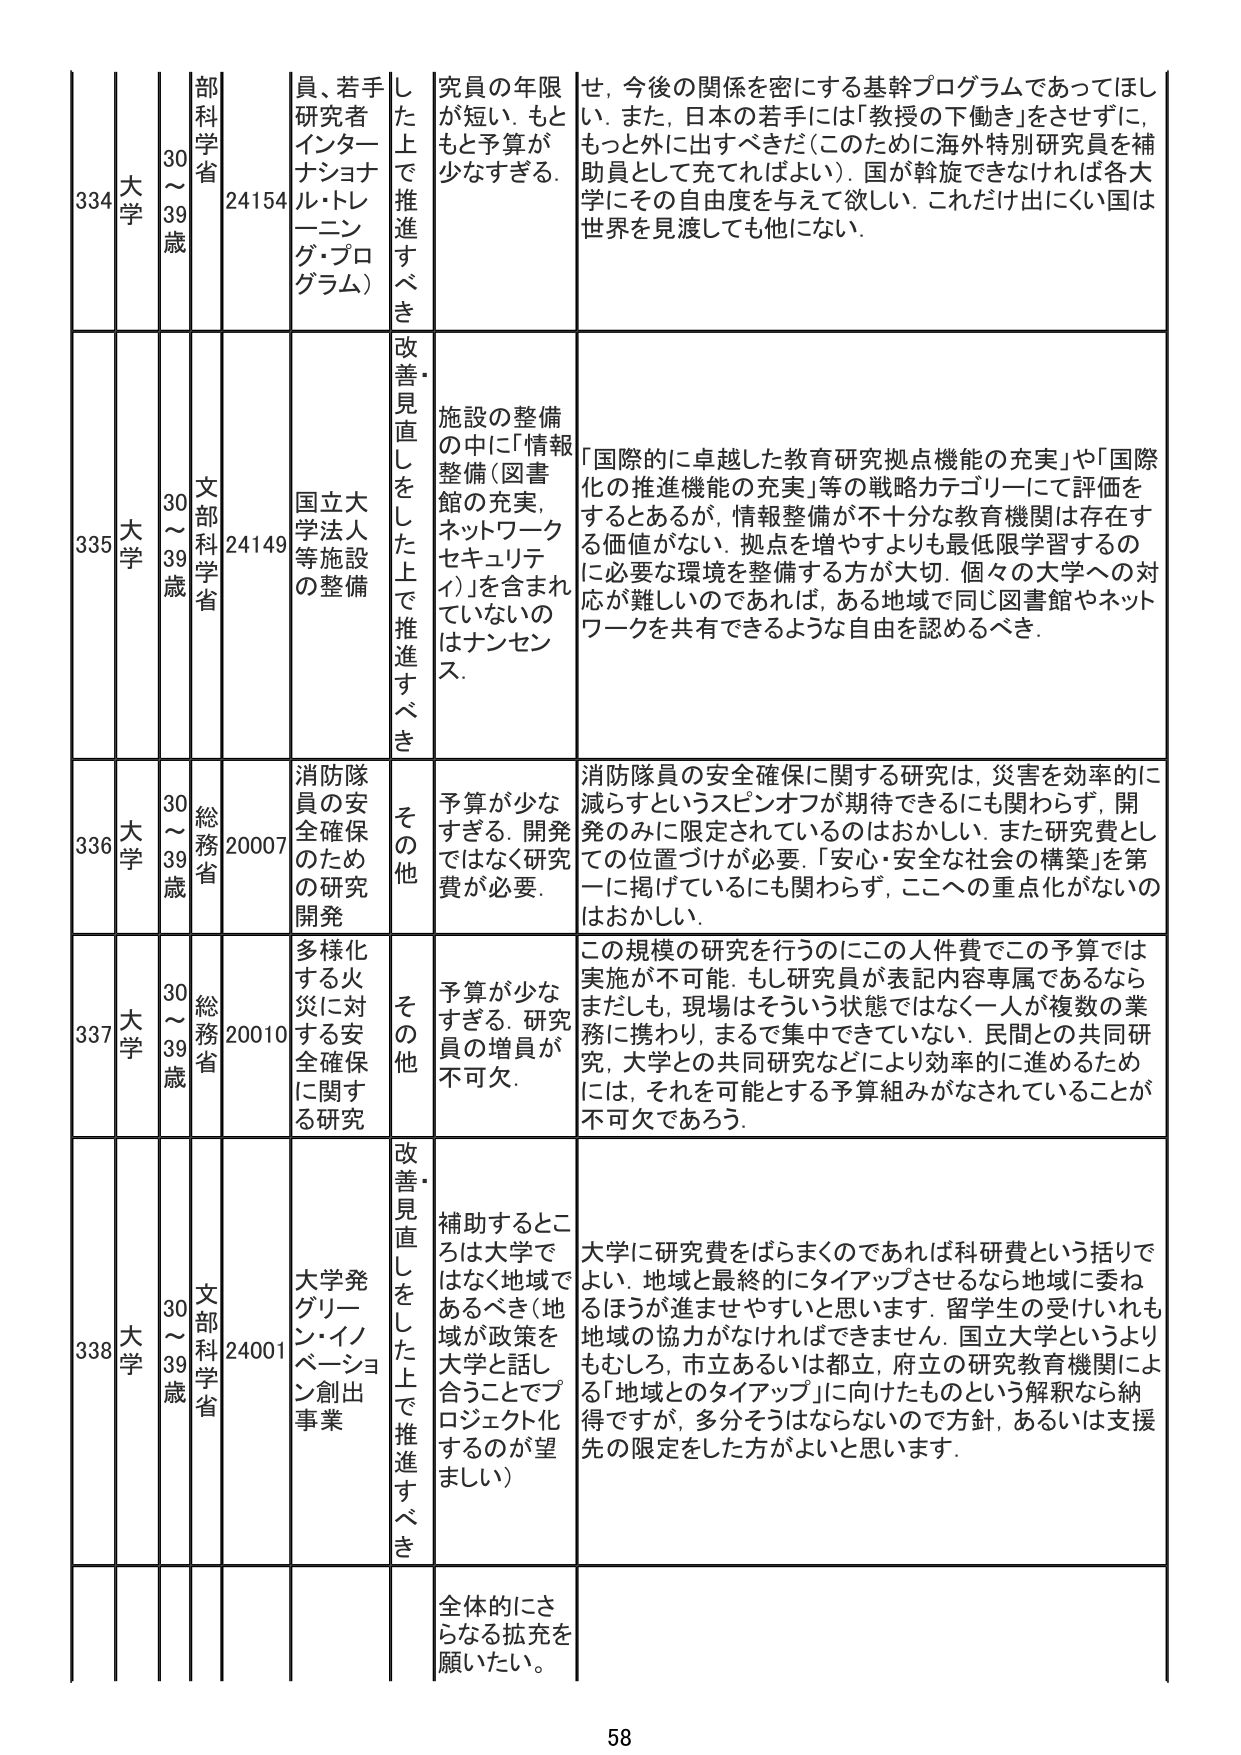
334 大学 30～39歳 部科学省 24154 員、若手研究者インタナショナル・トレーニング・プログラム） した上で推進すべき 究員の年限が短い。もともと予算が少なすぎる。 せ、今後の関係を密にする基幹プログラムであってほしい。また、日本の若手には「教授の下働き」をさせずに、もっと外に出すべきだ（このために海外特別研究員を補助員として充てればよい）。国が斡旋できなければ各大学にその自由度を与えて欲しい。これだけ出にくい国は世界を見渡しても他にない。

335 大学 30～39歳 文部科学省 24149 国立大学法人等施設の整備 改善・見直しをした上で推進すべき 施設の整備の中に「情報整備（図書館の充実、ネットワークセキュリティ）」を含まれていないのはナンセンス。 「国際的に卓越した教育研究拠点機能の充実」や「国際化の推進機能の充実」等の戦略カテゴリーリーにて評価をするとあるが、情報整備が不十分な教育機関は存在する価値がない。拠点を増やすよりも最低限学習するのに必要な環境を整備する方が大切。個々の大学への対応が難しいのであれば、ある地域で同じ図書館やネットワークを共有できるような自由を認めるべき。

336 大学 30～39歳 総務省 20007 消防隊員の安全確保のための研究開発 その他 予算が少なすぎる。開発ではなく研究費が必要。 消防隊員の安全確保に関する研究は、災害を効率的に減らすというスピンオフが期待できるにも関わらず、開発のみに限定されているのはおかしい。また研究費としての位置づけが必要。「安心・安全な社会の構築」を第一に掲げているにも関わらず、ここへの重点化がないのはおかしい。

337 大学 30～39歳 総務省 20010 多様化する火災に対する安全確保に関する研究 その他 予算が少なすぎる。研究員の増員が不可欠。 この規模の研究を行うのにこの人件費でこの予算では実施が不可能。もし研究員が表記内容専属であるなら、まだしも、現場はそういう状態ではなく一人が複数の業務に携わり、まるで集中できていない。民間との共同研究、大学との共同研究などにより効率的に進めるためには、それを可能とする予算組みがなされていることが不可欠であろう。

338 大学 30～39歳 文部科学省 24001 大学発グリーン・イノベーション創出事業 改善・見直しをした上で推進すべき 補助するところは大学ではなく地域であるべき（地域が政策を大学と話し合うことでプロジェクト化するのが望ましい） 大学に研究費をばらまくのであれば科研費という括りでよい。地域と最終的にタイアップさせるなら地域に委ねるほうが進ませやすいと思います。留学生の受けいれも地域の協力がなければできません。国立大学というよりもむしろ、市立あるいは都立、府立の研究教育機関による「地域とのタイアップ」に向けたものという解釈なら納得ですが、多分そうはならないので方針、あるいは支援先の限定をした方がよいと思います。

全体的にさらなる拡充を願いたい。

58